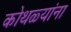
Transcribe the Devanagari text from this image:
कोथळ्यांना